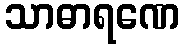
သာဓာရဏေ